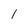
Character: 1